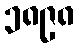
၁၈၉၈